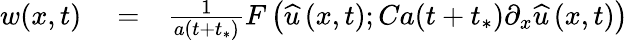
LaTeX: \begin{array}{rlr}{w(x,t)}&{{}=}&{\frac{1}{a(t+t_{*})}F\left(\widehat{u}\left(x,t\right);Ca(t+t_{*})\partial_{x}\widehat{u}\left(x,t\right)\right)}\end{array}